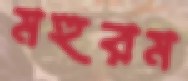
মহুরম